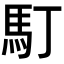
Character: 𩡯